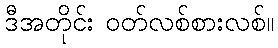
ဒီအတိုင်း ဝတ်လစ်စားလစ်။